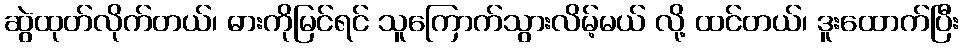
ဆွဲထုတ်လိုက်တယ်၊ ဓားကိုမြင်ရင် သူကြောက်သွားလိမ့်မယ် လို့ ထင်တယ်၊ ဒူးထောက်ပြီး